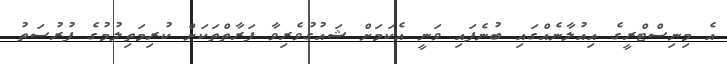
އެ މިނިސްޓްރީގެ އިއުލާނެއްގައި ބުނެފައި ވަނީ އެކަމަށް ޝައުގުވެރިވާ ފަރާތްތަކަށް ކުރިމަތިލުމުގެ ފުރުސަތު